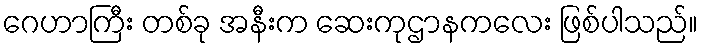
ဂေဟာကြီး တစ်ခု အနီးက ဆေးကုဌာနကလေး ဖြစ်ပါသည်။